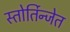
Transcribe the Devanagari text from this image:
स्तोर्तिन्जेत